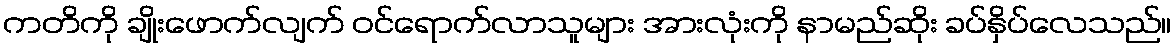
ကတိကို ချိုးဖောက်လျက် ဝင်ရောက်လာသူများ အားလုံးကို နာမည်ဆိုး ခပ်နှိပ်လေသည်။